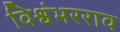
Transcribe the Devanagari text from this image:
विश्वंभरराव